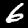
Digit: 6